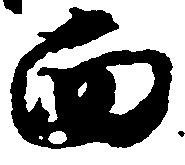
西